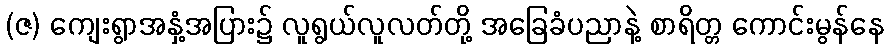
(ဇ) ကျေးရွာအနှံ့အပြား၌ လူရွယ်လူလတ်တို့ အခြေခံပညာနဲ့ စာရိတ္တ ကောင်းမွန်နေ